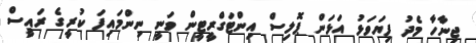
ޖިނާހާ މެދު ފިޔަވަޅު އަޅަން ޕޮލިސް އިންޓަގްރީޓީން ވަނީ ނިންމައިފަ ކުރީގެ ރައީސް